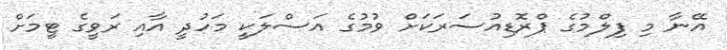
އޭނާ މި ފިލްމުގެ ޕްރޮޑިއުސަރަކަށް ވުމުގެ އަސްލަކީ މަހުދީ އާއި ރަވީގެ ޓީމަށް